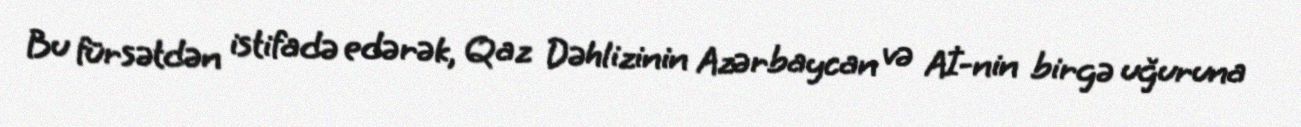
Bu fürsətdən istifadə edərək, Qaz Dəhlizinin Azərbaycan və Aİ-nin birgə uğuruna